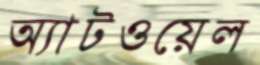
অ্যাটওয়েল